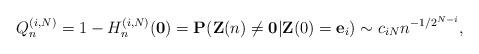
LaTeX: \begin{align*}Q_{n}^{(i,N)}=1-H_{n}^{(i,N)}(\mathbf{0})=\mathbf{P}(\mathbf{Z}( n) \neq\mathbf{0}|\mathbf{Z}( 0) =\mathbf{e}_{i})\sim c_{iN}n^{-1/2^{N-i}},\end{align*}